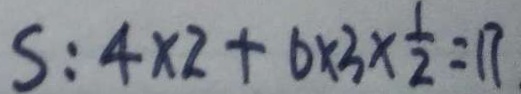
S : 4 \times 2 + 6 \times 3 \times \frac { 1 } { 2 } = 1 7